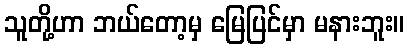
သူတို့ဟာ ဘယ်တော့မှ မြေပြင်မှာ မနားဘူး။